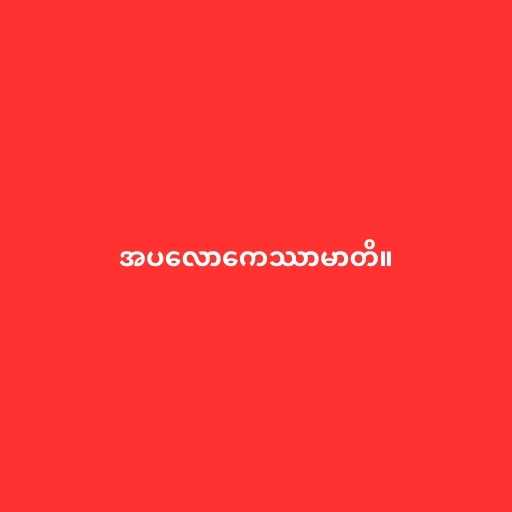
အပလောကေဿာမာတိ။